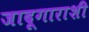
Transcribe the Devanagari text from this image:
जादूगाराशी